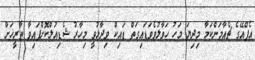
އެފްއޭގެ ޗެއާމަންކަމާ މިދިޔަ މަހު ހަވާލުވެވަޑައިގަތް ޑައިކް ވިދާޅުވީ މިހާރު ޝެޑިއުލްކޮށްފައިވާ ތާރީޚަށް